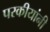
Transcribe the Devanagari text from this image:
परकीयांनी